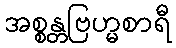
အစ္စန္တဗြဟ္မစာရီ